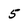
Character: 5